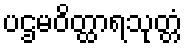
ပဌမဝိတ္ထာရသုတ္တံ